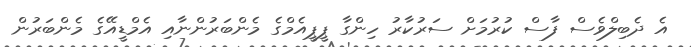
އެ ދެބިލްވެސް ފާސް ކުރުމަށް ސަރުކާރު ހިންގާ ޕީޕީއެމްގެ މެންބަރުންނާއި އެމްޑީއޭގެ މެންބަރުން